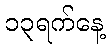
၁၃ရက်နေ့